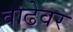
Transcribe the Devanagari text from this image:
वाढेवर